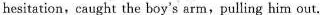
hesitation,caught the boy's arm,pulling him out.